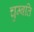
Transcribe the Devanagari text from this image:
चुम्बति